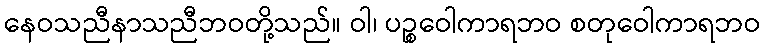
နေဝသညီနာသညီဘဝတို့သည်။ ဝါ၊ ပဉ္စဝေါကာရဘဝ စတုဝေါကာရဘဝ